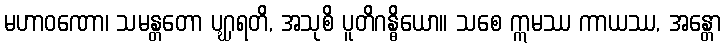
မဟာဝဏော၊ သမန္တတော ပဂ္ဃရတိ, အသုစိ ပူတိဂန္ဓိယော။ သစေ ဣမဿ ကာယဿ, အန္တော